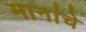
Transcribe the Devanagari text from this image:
मानांचे